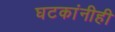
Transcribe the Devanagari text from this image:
घटकांनीही